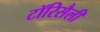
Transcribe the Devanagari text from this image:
टॉरिसैली